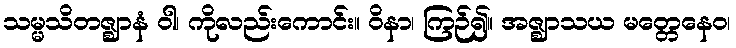
သမ္မသိတဇ္ဈာနံ ဝါ၊ ကိုလည်းကောင်း။ ဝိနာ၊ ကြဉ်၍။ အဇ္ဈာသယ မတ္တေနေဝ၊